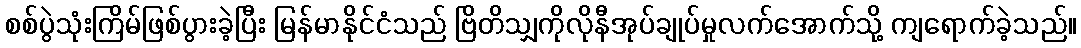
စစ်ပွဲသုံးကြိမ်ဖြစ်ပွားခဲ့ပြီး မြန်မာနိုင်ငံသည် ဗြိတိသျှကိုလိုနီအုပ်ချုပ်မှုလက်အောက်သို့ ကျရောက်ခဲ့သည်။